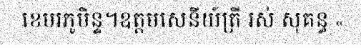
ខេមរភូមិន្ទ។ឧត្តមសេនីយ៍ត្រី រស់ សុគន្ធ «